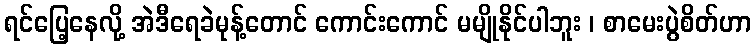
ရင်ပြေ့နေလို့ အဲဒီရေခဲမုန့်တောင် ကောင်းကောင် မမျိုနိုင်ပါဘူး ၊ စာမေးပွဲစိတ်ဟာ